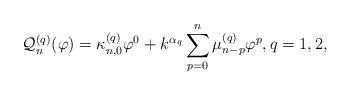
LaTeX: \begin{align*} \mathcal{Q}_{n}^{(q)}(\varphi) = \kappa_{n,0}^{(q)} \varphi^0 + k^{\alpha_q}\sum\limits_{p=0}^{n} \mu_{n-p}^{(q)} \varphi^{p}, q=1,2, \end{align*}